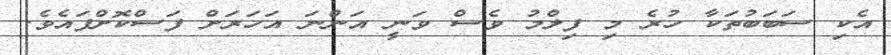
އެކި ސަބަބުތަކާ ހުރެ މި ފިލްމު ވެސް ވަނީ އަންނަ އަހަރަށް ފަސްކޮށްފައެވެ.